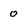
Character: 0